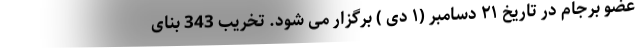
عضو برجام در تاریخ ۲۱ دسامبر (۱ دی ) برگزار می شود. تخریب 343 بنای